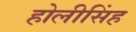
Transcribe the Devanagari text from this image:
होलीसिंह